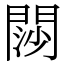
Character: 閯